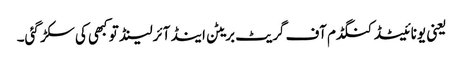
یعنی یونائیٹڈ کنگڈم آف گریٹ بریٹن اینڈ آئرلینڈ تو کبھی کی سکڑ گئی۔